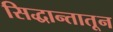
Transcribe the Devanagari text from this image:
सिद्धान्तातून